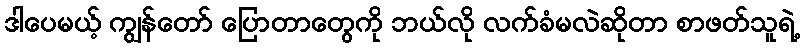
ဒါပေမယ့် ကျွန်တော် ပြောတာတွေကို ဘယ်လို လက်ခံမလဲဆိုတာ စာဖတ်သူရဲ့